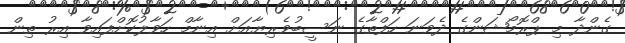
ގެންދާ މި ޕްރޮމޯޝަންގެ ދެވަނަ ހަފްތާގެ ނަސީބުވެރިޔާއަށް އިނާމް ހަވާލުކޮށްފައިވާ އިރު ތިން